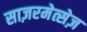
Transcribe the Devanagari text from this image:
साज़रमेत्सेज़